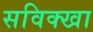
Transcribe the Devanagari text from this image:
सविक्खा